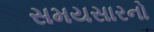
સમયસારનો